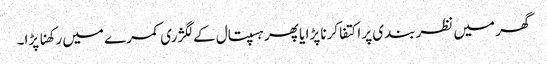
گھر میں نظربندی پر اکتفا کرنا پڑا یا پھر ہسپتال کے لگژری کمرے میں رکھنا پڑا۔